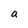
Character: a